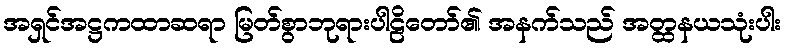
အရှင်အဋ္ဌကထာဆရာ မြတ်စွာဘုရားပါဠိတော်၏ အနက်သည် အတ္ထနယသုံးပါး